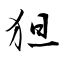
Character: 狚